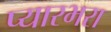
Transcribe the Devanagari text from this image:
प्यारभरा